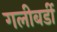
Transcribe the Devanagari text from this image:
गलीबर्डी